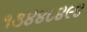
૧૩૪૪૮૪૯૪